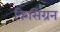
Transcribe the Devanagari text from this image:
किसिंग्रन